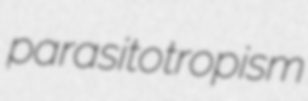
parasitotropism